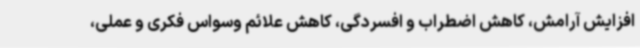
افزایش آرامش، کاهش اضطراب و افسردگی، کاهش علائم وسواس فکری و عملی،